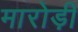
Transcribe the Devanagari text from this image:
मारोड़ी